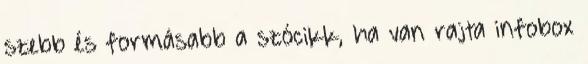
szebb és formásabb a szócikk, ha van rajta infobox